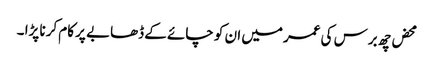
محض چھ برس کی عمر میں ان کو چائے کے ڈھابے پر کام کرنا پڑا ۔